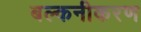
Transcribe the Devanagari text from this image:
बल्कनीकरण